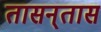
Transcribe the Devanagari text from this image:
तासन्‌तास